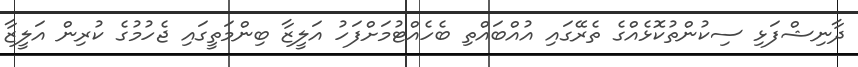
ދާނިޝްފަޅި ސިކުންތުކޮޅެއްގެ ތެރޭގައި އުއްބައްތި ބެހެއްޓުމަށްފަހު އަލީޒާ ބިންމަތީގައި ޖެހުމުގެ ކުރިން އަލީޒާ